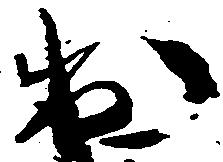
出